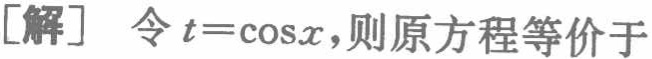
[解] 令\(t = \cos x\)，则原方程等价于